Language: tamil
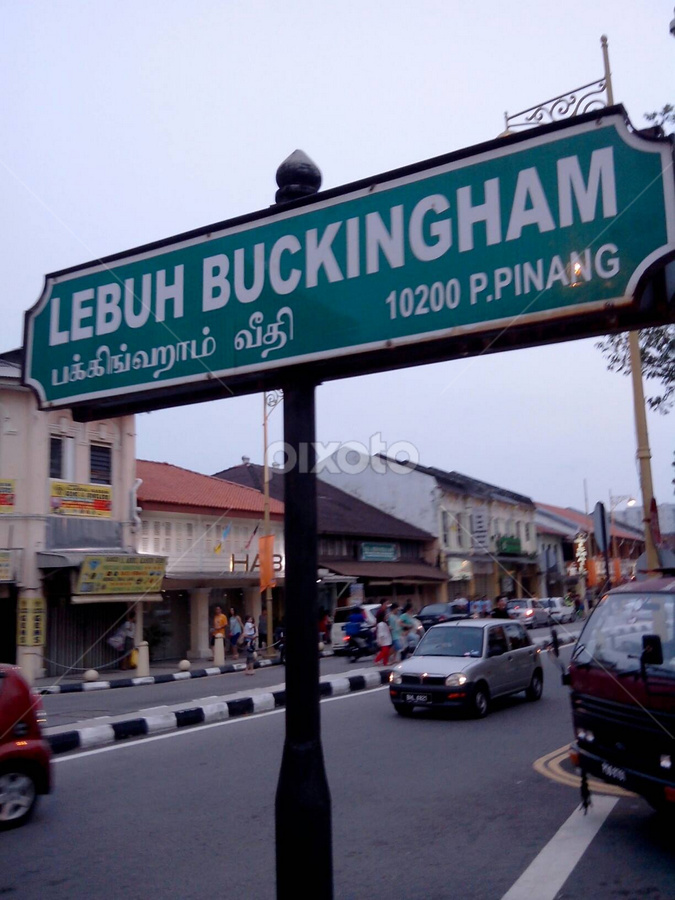
Transcription: பக்கிங்ஹாம் வீதி